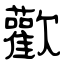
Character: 歡